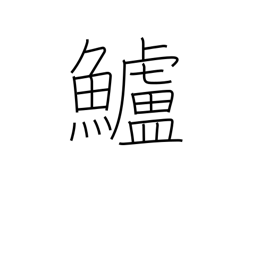
Meaning: sea bass